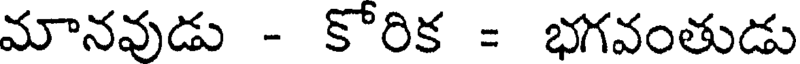
మానవుడు - కోరిక = భగవంతుడు